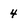
Character: 4